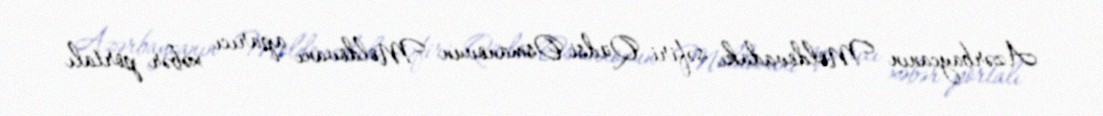
Azərbaycanın Moldovadakı səfiri Qüdsi Osmanovun Moldovanı aparıcı xəbər portalı